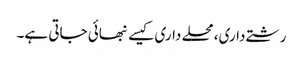
رشتے داری، محلے داری کیسے نبھائی جاتی ہے۔